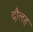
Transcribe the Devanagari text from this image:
दौलह